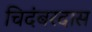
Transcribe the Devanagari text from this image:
चिदंबरदास